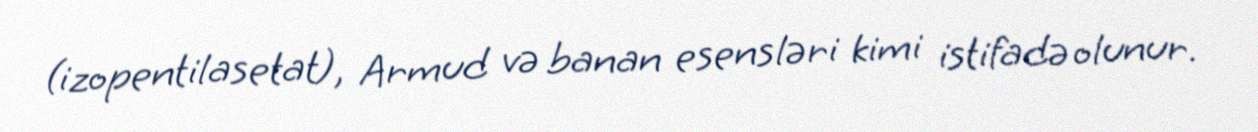
(izopentilasetat), Armud və banan esensləri kimi istifadə olunur.